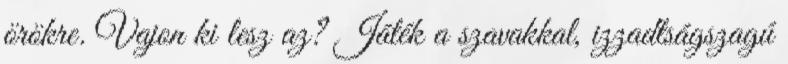
örökre. Vajon ki lesz az? Játék a szavakkal, izzadtságszagú